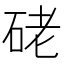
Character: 硓